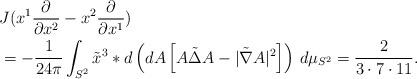
LaTeX: \begin{align*}&J (x^1 \frac{\partial}{\partial x^2}-x^2\frac{\partial}{\partial x^1}) \\&=-\frac{1}{24\pi}\int_{S^2} \tilde{x}^3* d\left( dA \left[A{\tilde{\Delta}}A-|{\tilde{\nabla}} A|^2\right]\right) \, d\mu_{S^2}= \frac{2}{3\cdot 7\cdot 11}.\end{align*}